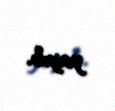
yayıb.